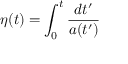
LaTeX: \eta ( t ) = \int _ { 0 } ^ { t } { \frac { d t ^ { \prime } } { a ( t ^ { \prime } ) } }